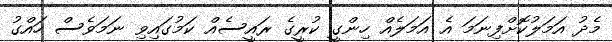
މެދު އަމަލުކޮށްފިނަމަ އެ އަމަލެއް ހިންގީ ކުރީގެ ރައީސެއް ކަމުގައިވި ނަމަވެސް ހައްގު